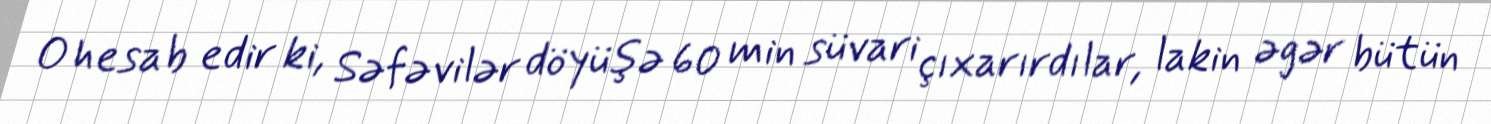
O hesab edir ki, Səfəvilər döyüşə 60 min süvari çıxarırdılar, lakin əgər bütün